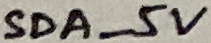
Text: SDA_5V